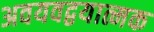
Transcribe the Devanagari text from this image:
अवयवद्वयात्मक